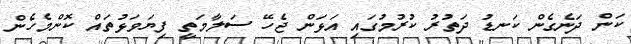
ކަން ދަނެގެން ކަނޑު ދަތުރު ކުރުމުގައި އަޅަން ޖެހޭ ސަލާމަތީ ފިޔަވަޅުތައް ކޮންމެހެން